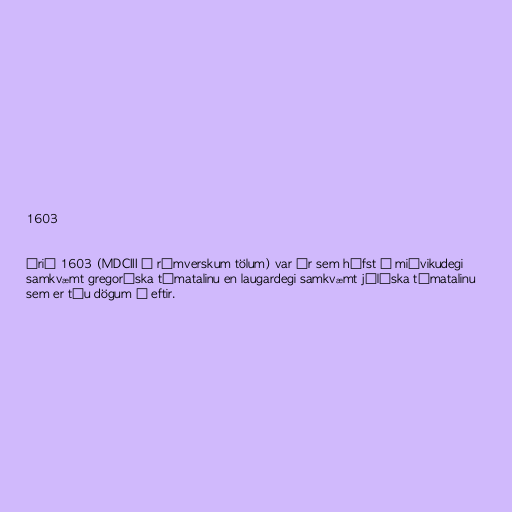
1603

Árið 1603 (MDCIII í rómverskum tölum) var ár sem hófst á miðvikudegi
samkvæmt gregoríska tímatalinu en laugardegi samkvæmt júlíska tímatalinu
sem er tíu dögum á eftir.